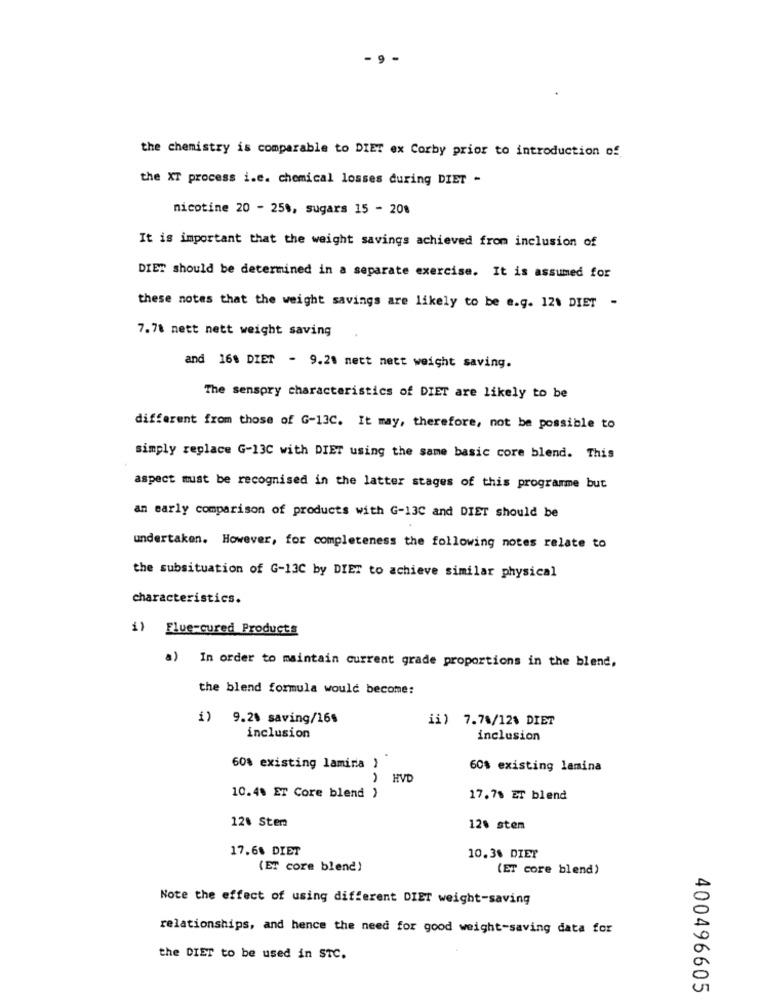
- 9
the chemistry is comparable to DIET ex Corby prior to introduction of
the XT process i.e. chemical losses during DIET -
nicotine 20 - 25%, sugars 15 - 208
It is important that the weight savings achieved from inclusion of
DIET should be determined in a separate exercise. It is assumed for
these notes that the weight savings are likely to be e.g. 121 DIET -
7.78 nett nett weight saving
and 16% DIET - 9.21 nett nett weight saving.
The senspry characteristics of DIET are likely to be
different from those of G-13C. It may, therefore, not be possible to
simply replace G-13C with DIET using the same basic core blend. This
aspect must be recognised in the latter stages of this programme but
an early comparison of products with G-13C and DIET should be
undertaken. However, for completeness the following notes relate to
the subsituation of G-13C by DIET to achieve similar physical
characteristics.
i) Flue-cured Products
a) In order to maintain current grade proportions in the blend,
the blend formula would become:
i) 9.2% saving/16$
ii) 7.78/12% DIET
inclusion
inclusion
..
60% existing lamina }
60$ existing lamina
HVD
10.4% ET Core blend )
17.7% ET blend
120 Stem
12% stem
17.6% DIET
10.38 DIET
(ET core blend)
(ET core blend)
Note the effect of using different DIET weight-saving
relationships, and hence the need for good weight-saving data for
the DIET to be used in STC.
400496605